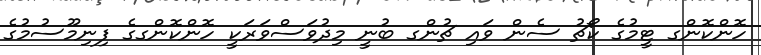
ހޮންކޮންގ ޓީމުގެ ކޯޗު ސެން ވައި ޗުންގ ބުނީ މިދުވަސްވަރަކީ ހޮންކޮންގގެ ފިނިމޫސުމުގެ